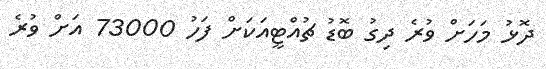
ދޮޅު މަހަށް ވުރެ ދިގު ބޮޑު ޗުއްޓީއަކަށް ފަހު 73000 އަށް ވުރެ